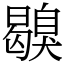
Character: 𦤪